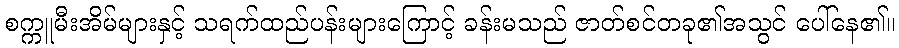
စက္ကူမီးအိမ်များနှင့် သရက်ထည်ပန်းများကြောင့် ခန်းမသည် ဇာတ်စင်တခု၏အသွင် ပေါ်နေ၏။